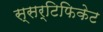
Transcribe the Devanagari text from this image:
स्सर्टिफिकेट